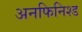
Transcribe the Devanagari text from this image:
अनफिनिश्ड